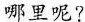
哪里呢?